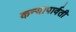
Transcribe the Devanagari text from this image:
कन्यापार्वती